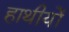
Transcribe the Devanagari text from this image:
हाथीयों